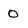
Character: 0